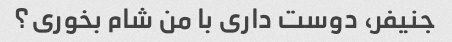
جنیفر، دوست داری با من شام بخوری؟